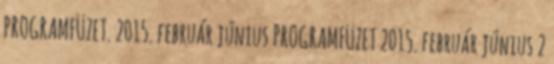
PROGRAMFÜZET. 2015. február június PROGRAMFÜZET 2015. február június 2